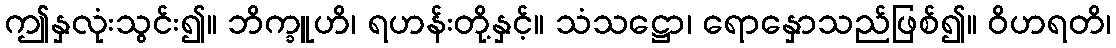
ဤနှလုံးသွင်း၍။ ဘိက္ခူဟိ၊ ရဟန်းတို့နှင့်။ သံသဋ္ဌော၊ ရောနှောသည်ဖြစ်၍။ ဝိဟရတိ၊